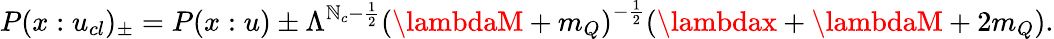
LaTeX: P(x:u_{cl})_{\pm}=P(x:u)\pm\Lambda^{\mathbb{N}_{c}-\frac{{1}}{{2}}}{(\lambdaM+m_{Q})}^{-\frac{{1}}{{2}}}(\lambdax+\lambdaM+2m_{Q}).